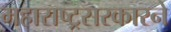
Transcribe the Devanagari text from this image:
महाराष्ट्रसरकारने